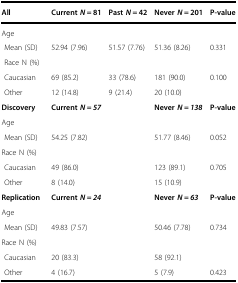
<table><thead><tr><td><b>All</b></td><td><b>Current <i>N</i> = 81</b></td><td><b>Past <i>N</i> = 42</b></td><td><b>Never <i>N</i> = 201</b></td><td><b>P-value</b></td></tr></thead><tbody><tr><td colspan="5">Age</td></tr><tr><td> Mean (SD)</td><td>52.94 (7.96)</td><td>51.57 (7.76)</td><td>51.36 (8.26)</td><td>0.331</td></tr><tr><td colspan="5"> Race N (%)</td></tr><tr><td> Caucasian</td><td>69 (85.2)</td><td>33 (78.6)</td><td>181 (90.0)</td><td>0.100</td></tr><tr><td> Other</td><td>12 (14.8)</td><td>9 (21.4)</td><td>20 (10.0)</td><td></td></tr><tr><td><b>Discovery</b></td><td><b>Current</b><b><i>N = 57</i></b></td><td></td><td><b>Never</b><b><i>N = 138</i></b></td><td><b>P-value</b></td></tr><tr><td colspan="5">Age</td></tr><tr><td> Mean (SD)</td><td>54.25 (7.82)</td><td></td><td>51.77 (8.46)</td><td>0.052</td></tr><tr><td colspan="5">Race N (%)</td></tr><tr><td> Caucasian</td><td>49 (86.0)</td><td></td><td>123 (89.1)</td><td>0.705</td></tr><tr><td> Other</td><td>8 (14.0)</td><td></td><td>15 (10.9)</td><td></td></tr><tr><td><b>Replication</b></td><td><b>Current</b><b><i>N = 24</i></b></td><td></td><td><b>Never</b><b><i>N = 63</i></b></td><td><b>P-value</b></td></tr><tr><td colspan="5">Age</td></tr><tr><td> Mean (SD)</td><td>49.83 (7.57)</td><td></td><td>50.46 (7.78)</td><td>0.734</td></tr><tr><td colspan="5">Race N (%)</td></tr><tr><td> Caucasian</td><td>20 (83.3)</td><td></td><td>58 (92.1)</td><td></td></tr><tr><td> Other</td><td>4 (16.7)</td><td></td><td>5 (7.9)</td><td>0.423</td></tr></tbody></table>